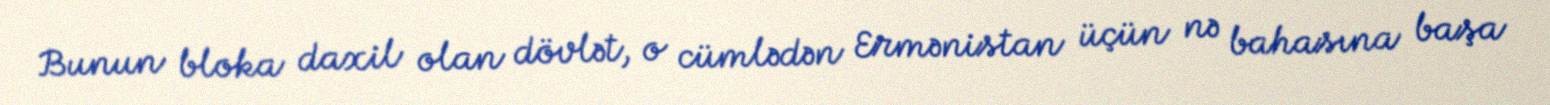
Bunun bloka daxil olan dövlət, o cümlədən Ermənistan üçün nə bahasına başa